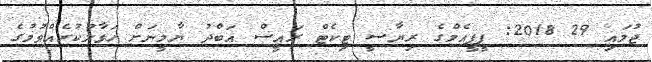
ޖުލައި 29 2018: ޕީޕީއެމްގެ ރިޔާސީ ޓިކެޓް ރައީސް އަބްދު ޔާމީނަށް ހަވާލުކުރެއްވުމުގެ